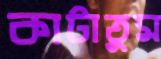
কাটাতুম